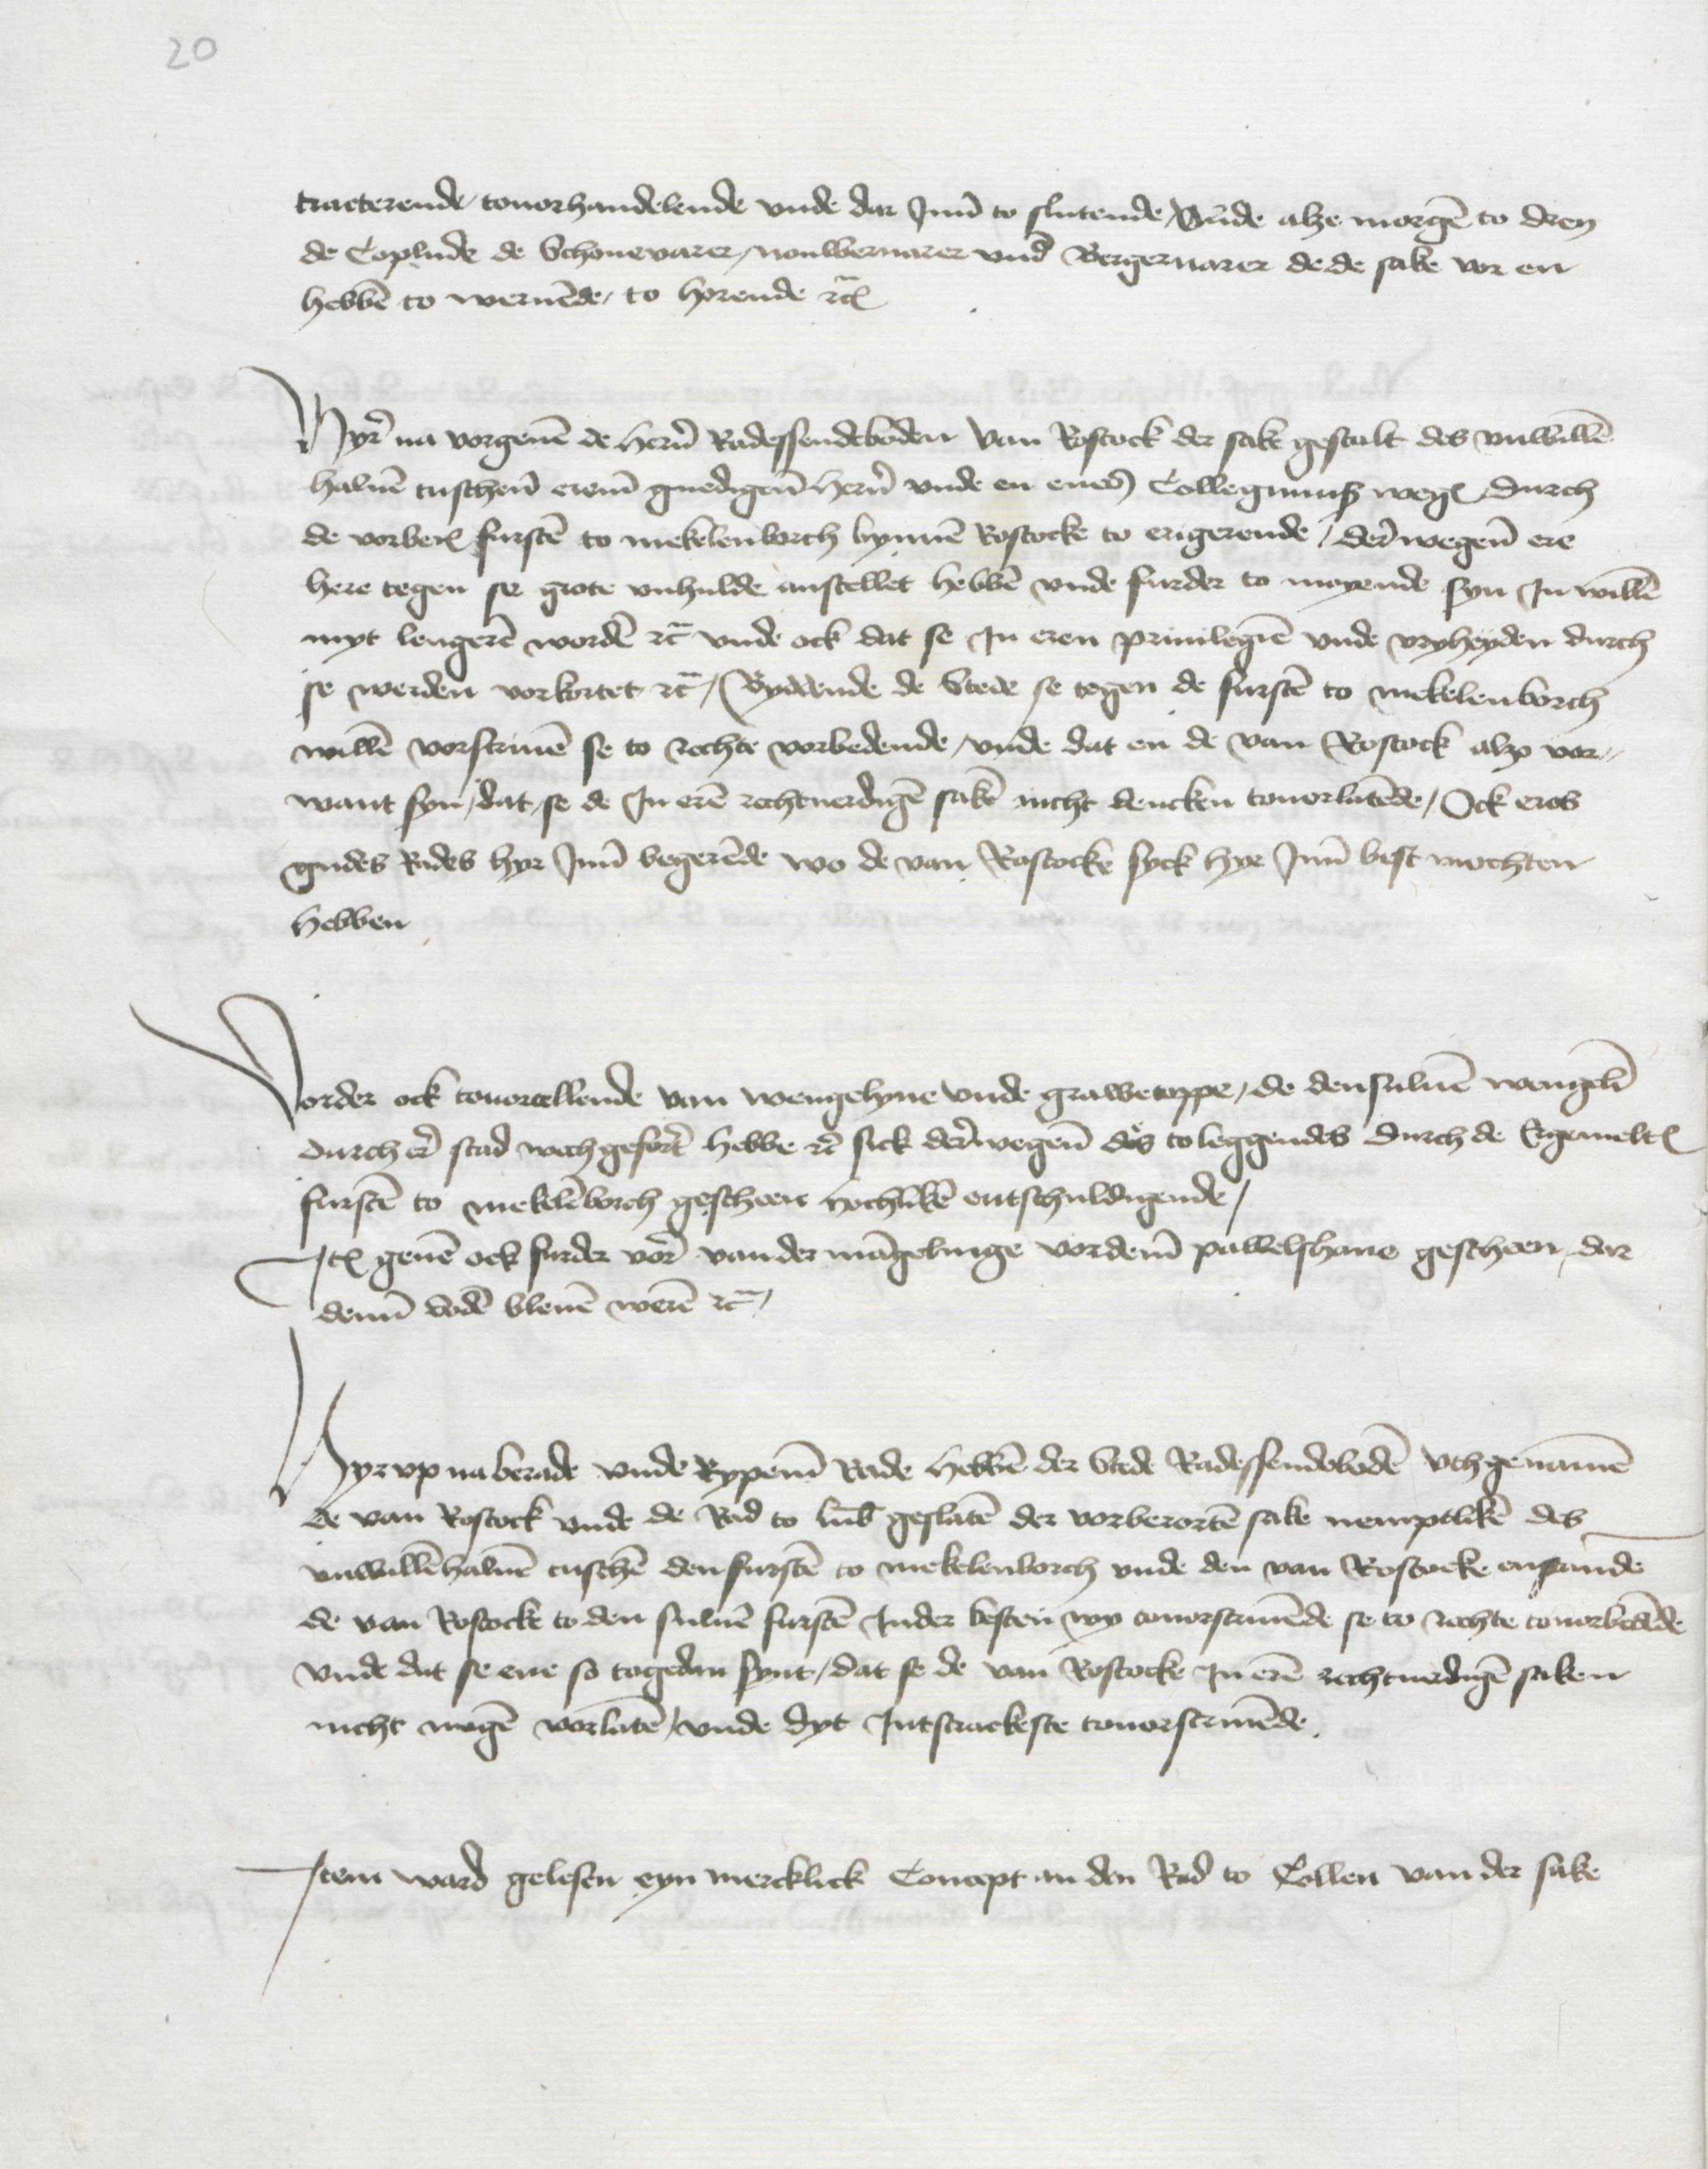
tracterende touorhandelende vnde dar Jnne to slutende vnde alze morgen to dren
de Coplude de Schonevarer, Nouweruarer vnd Bergenuarer de de sake vor en
hebben to weruende, to horende etcetera

Hyre na vorgeuen de heren Radessendeboden van Rostock der sake gestalt des vnwillen
haluen tuschene ereme gnedigen heren vnde en enes Collegiums wegen durch
de vorberorden firsten to Mekelenborch bynnen Rostocke to erigerende, dere wegene ere
here tegen se grote vnhulde anstellet hebben vnde furder to meyende syn Jnwillen
myt lengeren worden etcetera vnde ock dat se Jn eren priuilegien vnde vryheyden durch
se werden vorkortet etcetera Byddende de Stede se tegen de fursten to Mekelenborch
willen vorscriuen se to rechte vorbedende, vnde dat en de van Rostock alz vor¬
want syn, dat se de Jn eren rechtuerdigen saken nicht dencken touorlatende, Ock eres
gudes Rades hyr Jnne begerende wo de van Rostocke syck hyr Jnne best mochten
hebben

Vorder ock touortellende van wengelyne vnde Grawetoppe, de densuluen wengelin
durch ere stad wechgeforet hebbe etcetera sick derer wegenen des to leggendes durch de Ergemelten
fursten to Mekelenborch gescheen hochliken entschuldigende,
Jtem geuen ock furder vore van der mangelinge vordeme Pawelshaue gescheen, dar
denne boden bleuen weren etcetera

Hyr vp na berade vnde Rypeme Rade hebben der Stede Radessendeboden vthgenamen
de van Rostock vnde de Rad to Lubeke geslaten der vorberorten sake nemptliken des
vnwillen haluen tuschen den fursten to Mekelenborch vnde de van Rostocke enstanden
de van Rostocke to den suluen fursten Jnder besten wy auerscriuende se to rechte touorbedende
vnde dut se ene so togedan synt, dat se de van Rostocke Jn eren rechtuerdigen saken
nicht mogen vorlaten, vnde dyt Jntstrackeste touorscriuende

Jtem ward gelesen eyn mercklick Concept an den Rad to Collen van der sake